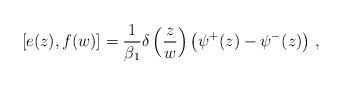
LaTeX: \begin{align*} [e(z),f(w)]=\frac{1}{\beta_1}\delta\left(\frac{z}{w}\right) \left(\psi^+(z)-\psi^-(z)\right) \,,\end{align*}